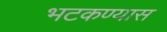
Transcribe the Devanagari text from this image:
भटकण्यास